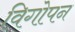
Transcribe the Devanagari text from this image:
विगोपन